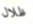
ظلال